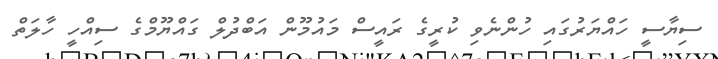
ސިޔާސީ ހައްޔަރުގައި ހުންނެވި ކުރީގެ ރައީސް މައުމޫން އަބްދުލް ގައްޔޫމްގެ ސިއްހީ ހާލަތް